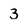
Character: 3